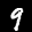
Label: 9